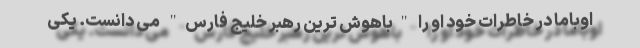
اوباما در خاطرات خود او را "باهوش ترین رهبر خلیج فارس" می دانست. یکی